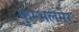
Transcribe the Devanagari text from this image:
कुम्भलमेर